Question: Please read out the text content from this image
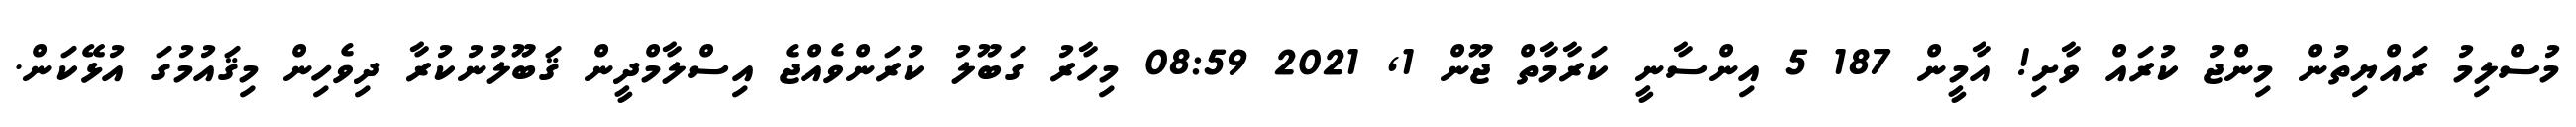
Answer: މުސްލިމު ރައްޔިތުން މިންޖު ކުރައް ވާށި! އާމީން 187 5 އިންސާނީ ކަރާމާތް ޖޫން 1, 2021 08:59 މިހާރު ގަބޫލު ކުރަންވެއްޖެ އިސްލާމްދީން ޤަބޫލުނުކުރާ ދިވެހިން މިޤައުމުގަ އުޅޭކަން.